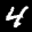
Label: 4